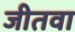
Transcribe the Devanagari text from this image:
जीतवा